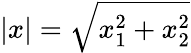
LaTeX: |x|=\sqrt{x_{1}^{2}+x_{2}^{2}}